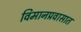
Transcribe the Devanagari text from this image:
विमानप्रवासात